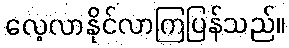
လေ့လာနိုင်လာကြပြန်သည်။